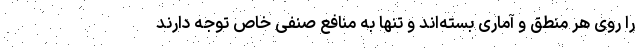
را روی هر منطق و آماری بسته‌اند و تنها به منافع صنفی خاص توجه دارند